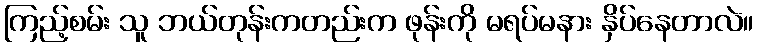
ကြည့်စမ်း သူ ဘယ်တုန်းကတည်းက ဖုန်းကို မရပ်မနား နှိပ်နေတာလဲ။